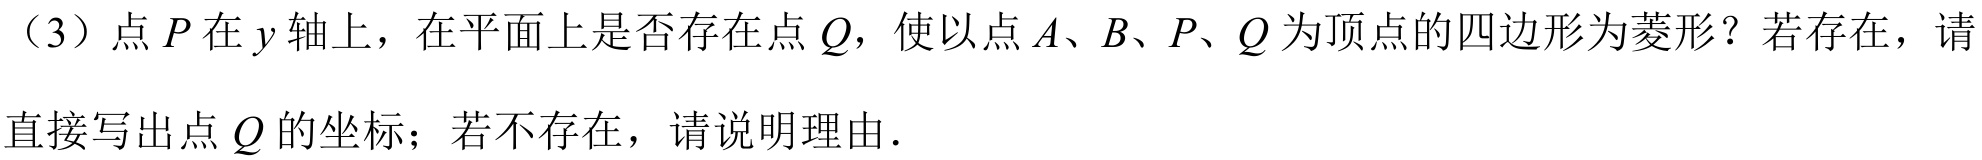
（3）点\(P\)在\(y\)轴上，在平面上是否存在点\(Q\)，使以点\(A、B、P、Q\)为顶点的四边形为菱形？若存在，请

直接写出点\(Q\)的坐标；若不存在，请说明理由.